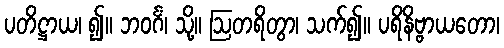
ပတိဋ္ဌာယ၊ ၍။ ဘဝင်္ဂံ၊ သို့။ ဩတရိတွာ၊ သက်၍။ ပရိနိဗ္ဗာယတော၊